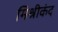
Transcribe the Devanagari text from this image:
मिश्रीकंद